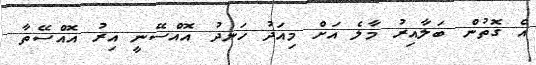
އެ ގޮތުން ބަލާއިރު މާލެ އަށް މިއަދު ހަނދު އޮއްސޭނީ އިރު އޮއްސޭތާ